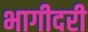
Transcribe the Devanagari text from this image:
भागीदरी